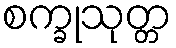
စက္ခုသုတ္တ